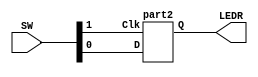
module part2iv(SW,LEDR);
	input [1:0] SW;
	output LEDR;
	part2 latch (.D(SW[0]),.Clk(SW[1]),.Q(LEDR));
endmodule
module part2(input D,Clk,output Q);
	wire R,S,S_g,R_g, Qa, Qb;
	assign S = D /*synthesis keep*/;
   assign R = ~D/*synthesis keep*/;
	assign Q = Qa;
	assign S_g = ~(S & Clk)/*synthesis keep*/;
	assign R_g = ~(R & Clk)/*synthesis keep*/;
	assign Qa = ~(S_g & Qb);
	assign Qb = ~(Qa & R_g);
endmodule